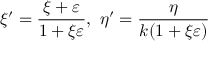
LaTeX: \xi ^ { \prime } = { \frac { \xi + \varepsilon } { 1 + \xi \varepsilon } } , \ \eta ^ { \prime } = { \frac { \eta } { k ( 1 + \xi \varepsilon ) } }